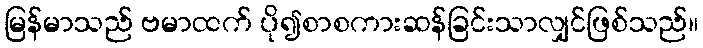
မြန်မာသည် ဗမာထက် ပို၍စာစကားဆန်ခြင်းသာလျှင်ဖြစ်သည်။